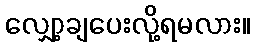
လျှော့ချပေးလို့ရမလား။